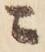
ニ